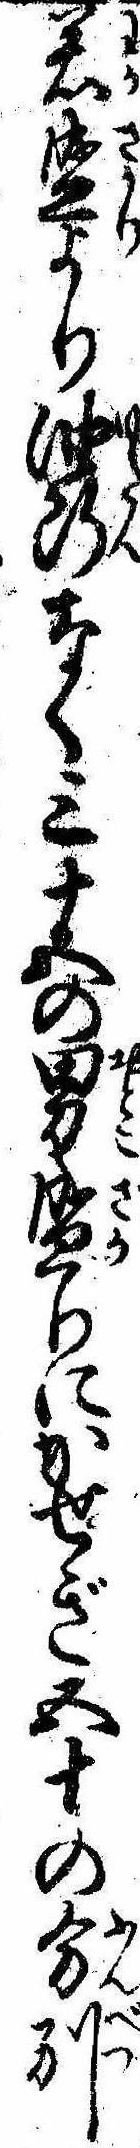
若盛より油断なく三十五の男盛りにかせぎ五十の分別